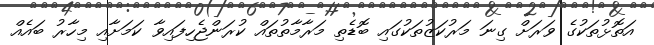
އަތޮޅުތަކުގެ ވަރަށް ގިނަ މަރުކަޒުތަކުގައި ބޮޑެތި މަރާމާތުތައް ކުރަންޖެހިފައިވާ ކަމަށާއި މިހާރު ބައެއް